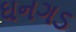
ઘનગડ